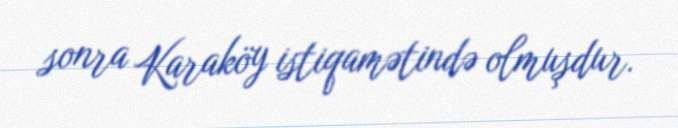
sonra Karaköy istiqamətində olmuşdur.